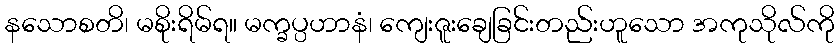
နသောစတိ၊ မစိုးရိမ်ရ။ မက္ခပ္ပဟာနံ၊ ကျေးဇူးချေခြင်းတည်းဟူသော အကုသိုလ်ကို